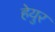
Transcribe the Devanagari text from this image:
हेयुर